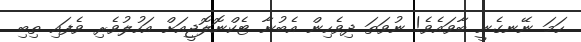
ހަމަ ނޭނގެނީ ބާވައެވެ! ނުވަތަ ދިވެހިން އެބުނާ ޓެކްނޮލޮޖީއަށް އަހުލުވެރި ވެފައި ތިބި